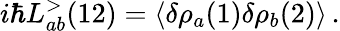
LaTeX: i\hbar L_{ab}^{>}(12)=\langle\delta\rho_{a}(1)\delta\rho_{b}(2)\rangle\, .